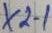
Text: X2-1